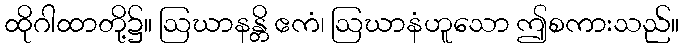
ထိုဂါထာတို့၌။ ဩဃာနန္တိ ဧကံ၊ ဩဃာနံဟူသော ဤစကားသည်။